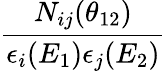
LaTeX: \frac{N_{ij}(\theta_{12})}{\epsilon_{i}(E_{1})\epsilon_{j}(E_{2})}